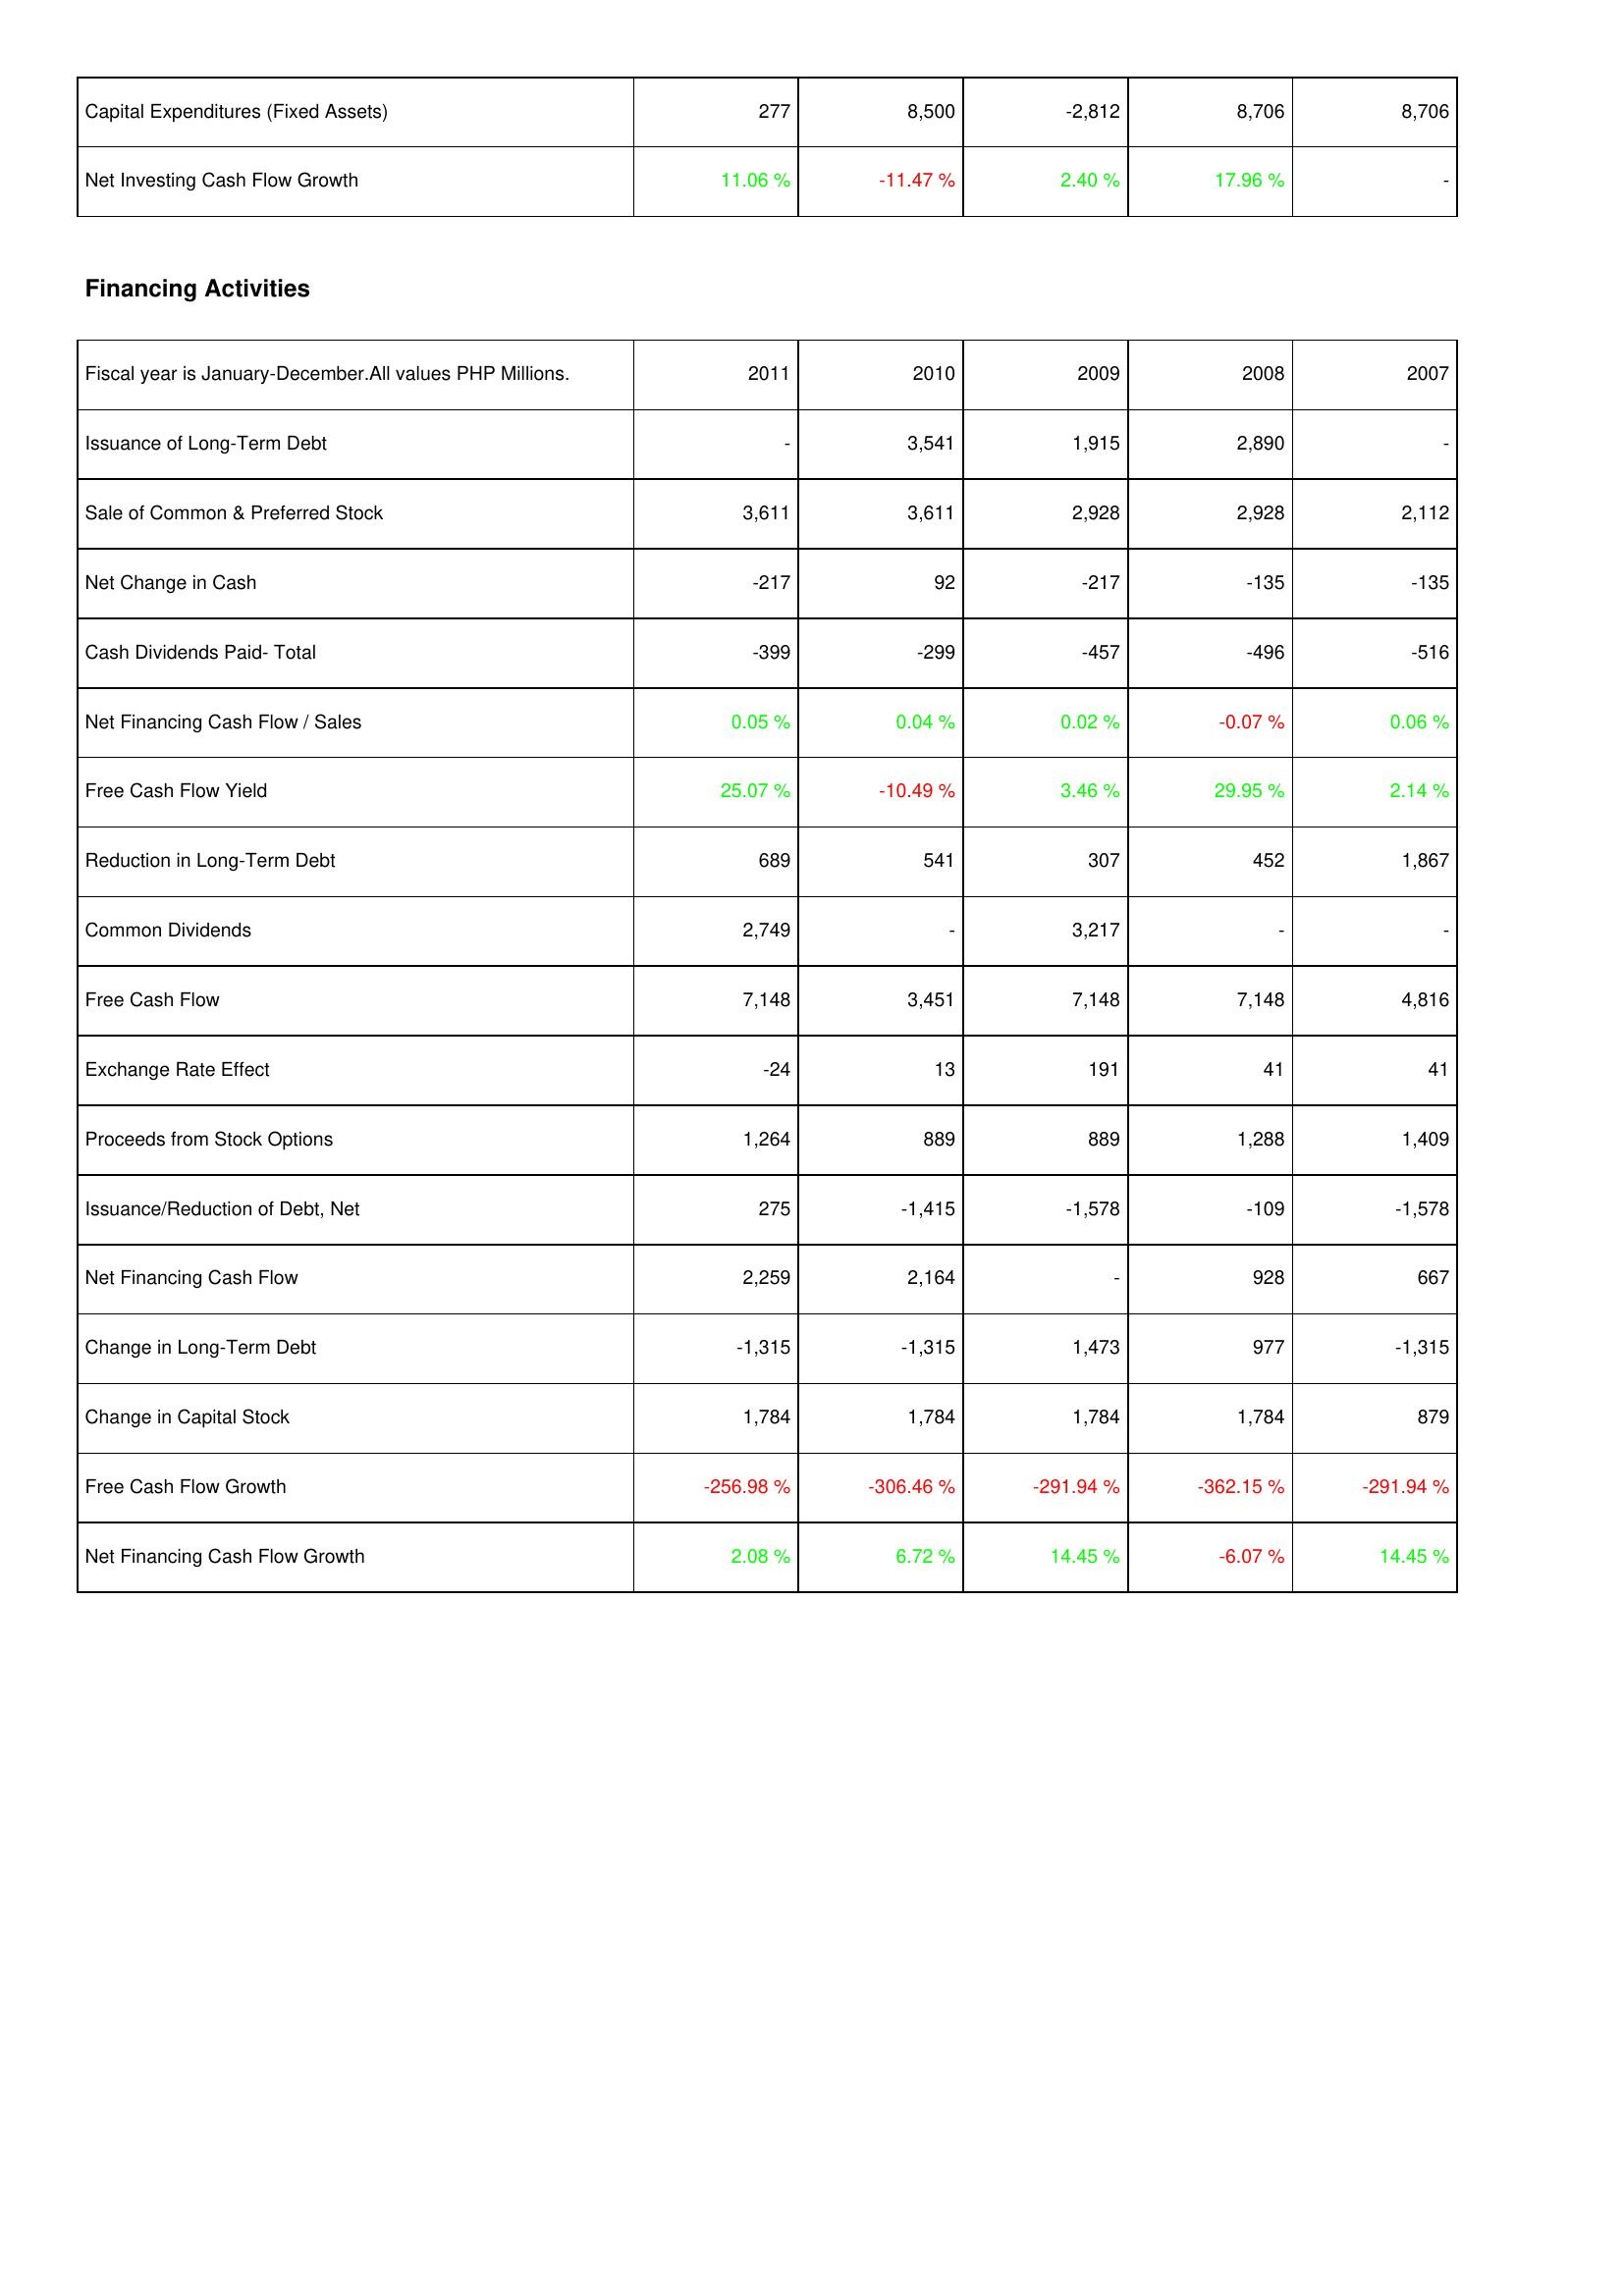
2011: Investing Activities: Capital Expenditures (Fixed Assets): 277
Net Investing Cash Flow Growth: 11.06 %
Financing Activities: Issuance of Long-Term Debt: -
Sale of Common & Preferred Stock: 3,611
Net Change in Cash: -217
Cash Dividends Paid- Total: -399
Net Financing Cash Flow / Sales: 0.05 %
Free Cash Flow Yield: 25.07 %
Reduction in Long-Term Debt: 689
Common Dividends: 2,749
Free Cash Flow: 7,148
Exchange Rate Effect: -24
Proceeds from Stock Options: 1,264
Issuance/Reduction of Debt, Net: 275
Net Financing Cash Flow: 2,259
Change in Long-Term Debt: -1,315
Change in Capital Stock: 1,784
Free Cash Flow Growth: -256.98 %
Net Financing Cash Flow Growth: 2.08 %
2010: Investing Activities: Capital Expenditures (Fixed Assets): 8,500
Net Investing Cash Flow Growth: -11.47 %
Financing Activities: Issuance of Long-Term Debt: 3,541
Sale of Common & Preferred Stock: 3,611
Net Change in Cash: 92
Cash Dividends Paid- Total: -299
Net Financing Cash Flow / Sales: 0.04 %
Free Cash Flow Yield: -10.49 %
Reduction in Long-Term Debt: 541
Common Dividends: -
Free Cash Flow: 3,451
Exchange Rate Effect: 13
Proceeds from Stock Options: 889
Issuance/Reduction of Debt, Net: -1,415
Net Financing Cash Flow: 2,164
Change in Long-Term Debt: -1,315
Change in Capital Stock: 1,784
Free Cash Flow Growth: -306.46 %
Net Financing Cash Flow Growth: 6.72 %
2009: Investing Activities: Capital Expenditures (Fixed Assets): -2,812
Net Investing Cash Flow Growth: 2.40 %
Financing Activities: Issuance of Long-Term Debt: 1,915
Sale of Common & Preferred Stock: 2,928
Net Change in Cash: -217
Cash Dividends Paid- Total: -457
Net Financing Cash Flow / Sales: 0.02 %
Free Cash Flow Yield: 3.46 %
Reduction in Long-Term Debt: 307
Common Dividends: 3,217
Free Cash Flow: 7,148
Exchange Rate Effect: 191
Proceeds from Stock Options: 889
Issuance/Reduction of Debt, Net: -1,578
Net Financing Cash Flow: -
Change in Long-Term Debt: 1,473
Change in Capital Stock: 1,784
Free Cash Flow Growth: -291.94 %
Net Financing Cash Flow Growth: 14.45 %
2008: Investing Activities: Capital Expenditures (Fixed Assets): 8,706
Net Investing Cash Flow Growth: 17.96 %
Financing Activities: Issuance of Long-Term Debt: 2,890
Sale of Common & Preferred Stock: 2,928
Net Change in Cash: -135
Cash Dividends Paid- Total: -496
Net Financing Cash Flow / Sales: -0.07 %
Free Cash Flow Yield: 29.95 %
Reduction in Long-Term Debt: 452
Common Dividends: -
Free Cash Flow: 7,148
Exchange Rate Effect: 41
Proceeds from Stock Options: 1,288
Issuance/Reduction of Debt, Net: -109
Net Financing Cash Flow: 928
Change in Long-Term Debt: 977
Change in Capital Stock: 1,784
Free Cash Flow Growth: -362.15 %
Net Financing Cash Flow Growth: -6.07 %
2007: Investing Activities: Capital Expenditures (Fixed Assets): 8,706
Net Investing Cash Flow Growth: -
Financing Activities: Issuance of Long-Term Debt: -
Sale of Common & Preferred Stock: 2,112
Net Change in Cash: -135
Cash Dividends Paid- Total: -516
Net Financing Cash Flow / Sales: 0.06 %
Free Cash Flow Yield: 2.14 %
Reduction in Long-Term Debt: 1,867
Common Dividends: -
Free Cash Flow: 4,816
Exchange Rate Effect: 41
Proceeds from Stock Options: 1,409
Issuance/Reduction of Debt, Net: -1,578
Net Financing Cash Flow: 667
Change in Long-Term Debt: -1,315
Change in Capital Stock: 879
Free Cash Flow Growth: -291.94 %
Net Financing Cash Flow Growth: 14.45 %